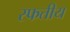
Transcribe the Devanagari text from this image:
स्फतीय